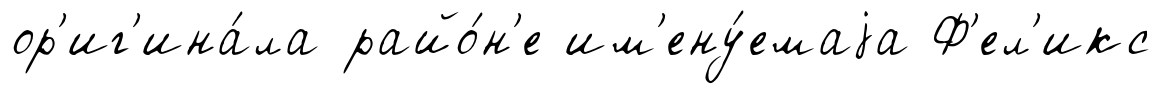
ор'иг'ина́ла райо́н'е им'ену́емаjа Ф'ел'икс